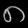
Digit: ၈